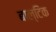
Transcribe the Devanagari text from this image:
बाल्‍टिक